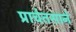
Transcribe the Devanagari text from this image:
प्राचेतसाने